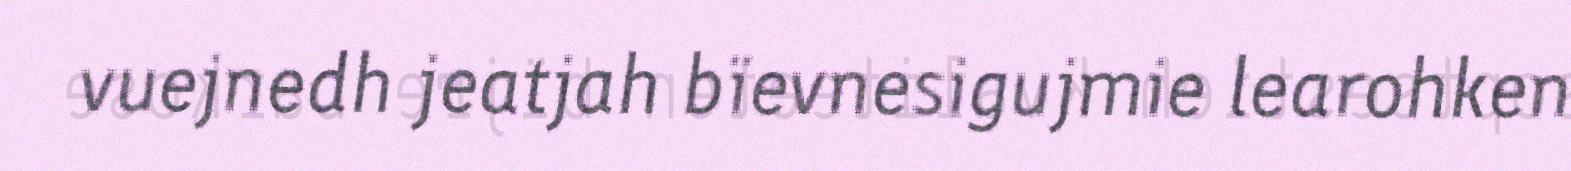
vuejnedh jeatjah bïevnesigujmie learohken